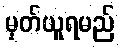
မှတ်ယူရမည်